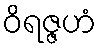
ဝိရဇ္ဇဟံ